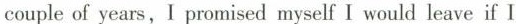
couple of years,I promised myself I would leave if I